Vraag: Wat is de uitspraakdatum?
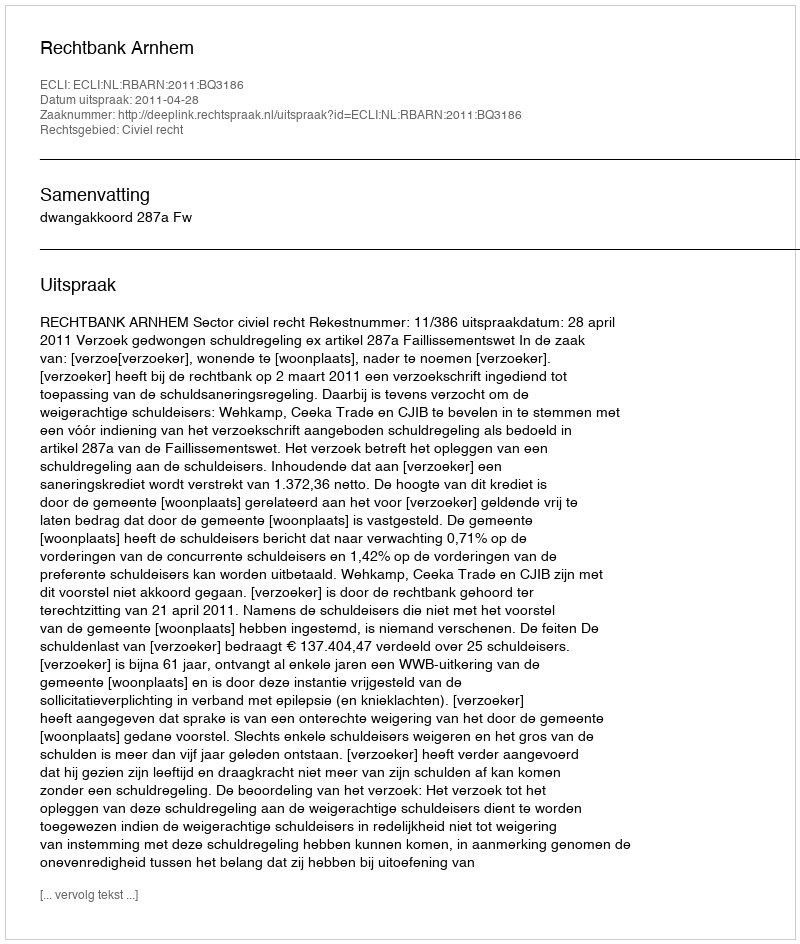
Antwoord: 2011-04-28